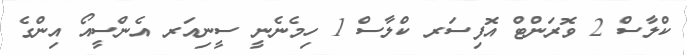
ކްލާސް 2 ވޮރަންޓް އޮފިސަރ ކްލާސް 1 ހިމެނެނީ ސީނިއަރ އެންސީއޯ އިންގެ